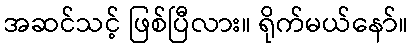
အဆင်သင့် ဖြစ်ပြီလား။ ရိုက်မယ်နော်။